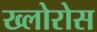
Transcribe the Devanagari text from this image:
ख्लोरोस